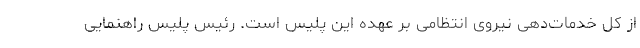
از کل خدمات‌دهی نیروی انتظامی بر عهده این پلیس است. رئیس پلیس راهنمایی